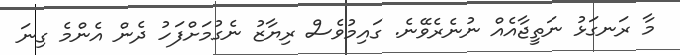
މާ ރަނގަޅު ނަތީޖާއެއް ނުނެރެވޭނެ. ގައިމުވެސް ރިޔާޒު ނެގުމަށްފަހު ދެން އެންމެ ގިނަ